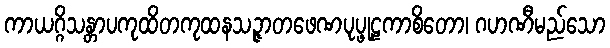
ကာယဂ္ဂိသန္တာပကုထိတကုထနသဉ္ဇာတဖေဏပုပ္ဖုဠကာစိတော၊ ဂဟဏီမည်သော